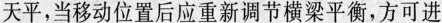
天平，当移动位置后应重新调节横梁平衡，方可